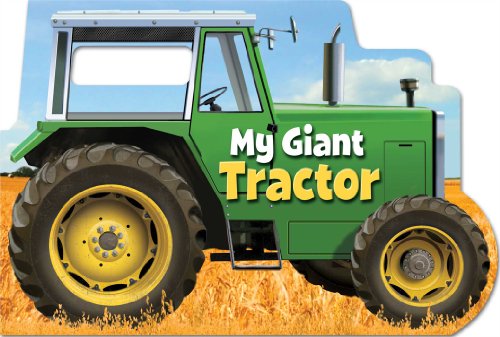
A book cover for My Giant Tractor; Chip Lovitt; Children's Books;